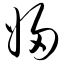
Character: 妇